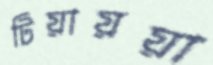
টিয়ায়য়া